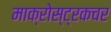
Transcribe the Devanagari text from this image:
माक्रोस्ट्रकचर